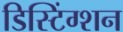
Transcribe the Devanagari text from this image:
डिस्टिंग्शन